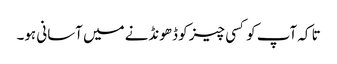
تا کہ آپ کو کسی چیز کو ڈھونڈنے میں آسانی ہو۔